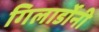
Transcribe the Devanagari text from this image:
गिलार्डोनी